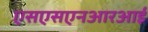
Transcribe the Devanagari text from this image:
एसएसएनआरआई